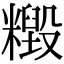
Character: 𥼹